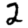
Digit: 2